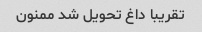
تقریبا داغ تحویل شد ممنون